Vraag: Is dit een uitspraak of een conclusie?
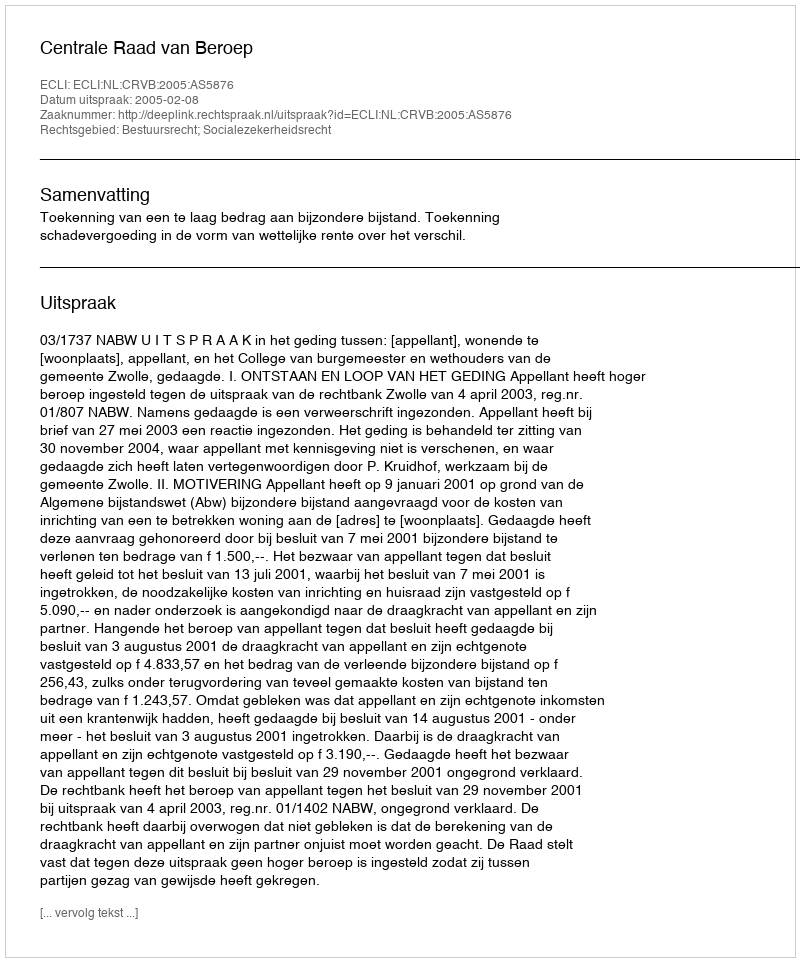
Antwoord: Uitspraak